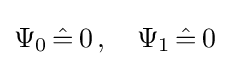
\Psi _{0}\,{\hat {=}}\,0\,,\quad \Psi _{1}\,{\hat {=}}\,0